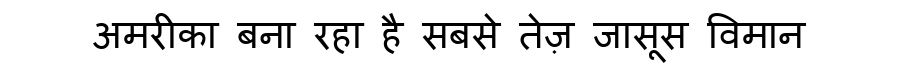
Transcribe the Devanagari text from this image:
अमरीका बना रहा है सबसे तेज़ जासूस विमान